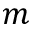
m